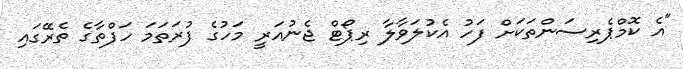
"އެ ކޮމްޕެރިސަންތަކަށް ފަހު އެކުލަވާލާ ރިޕޯޓް ޖެނުއަރީ މަހުގެ ފުރަތަމަ ހަފްތާގެ ތެރޭގައި